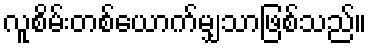
လူစိမ်းတစ်ယောက်မျှသာဖြစ်သည်။